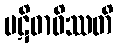
ပဋိဓာဝိဿတိ